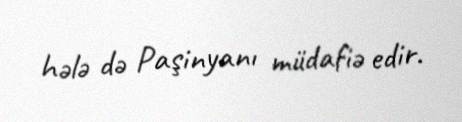
hələ də Paşinyanı müdafiə edir.